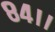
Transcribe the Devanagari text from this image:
८४।।